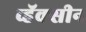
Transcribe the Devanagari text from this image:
व्हॅक्सीन